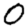
Digit: 0